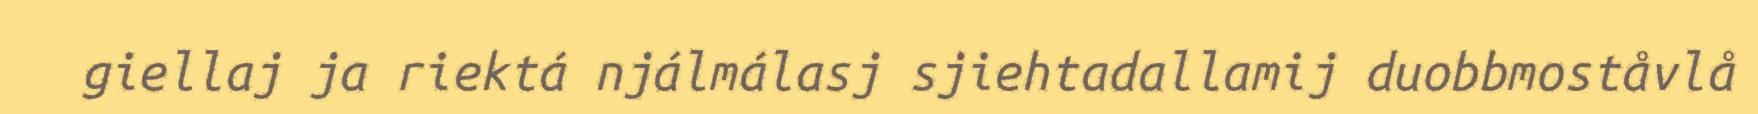
giellaj ja riektá njálmálasj sjiehtadallamij duobbmoståvlå